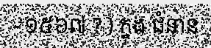
- ១៥៦៧ ? ) ក្នុង ជំនាន់